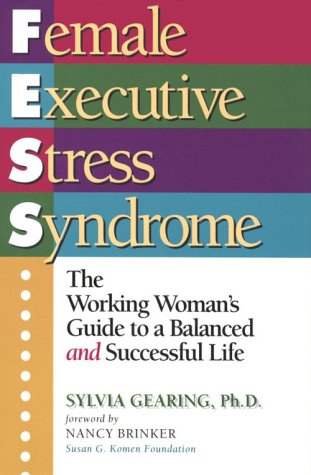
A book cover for Female Executive Stress Syndrome: The Working Women's Guide to a Balanced and Successful Life; Sylvia Gearing; Business & Money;